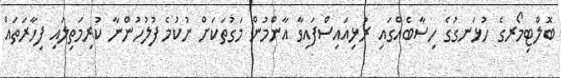
ބޮލްޓިމޯރގެ ހުޅަނގުގެ ހިސާބެއްގައި ރުޅިއައިސްފައިވާ އާންމުން މަގުތަކަށް ނުކުމެ ފުލުހުންނާ ކުރިމަތިލައި ފިހާރަތައް